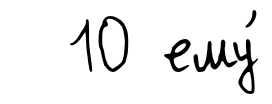
10 ему́